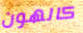
كالهون